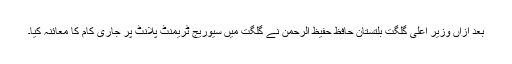
بعد ازاں وزیر اعلیٰ گلگت بلتستان حافظ حفیظ الرحمن نے گلگت میں سیوریج ٹریمنٹ پلانٹ پر جاری کام کا معائنہ کیا۔